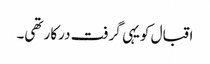
اقبال کویہی گرفت درکار تھی۔